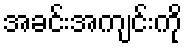
အခင်းအကျင်းကို